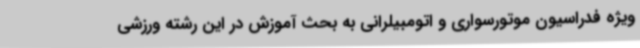
ویژه فدراسیون موتورسواری و اتومبیلرانی به بحث آموزش در این رشته ورزشی